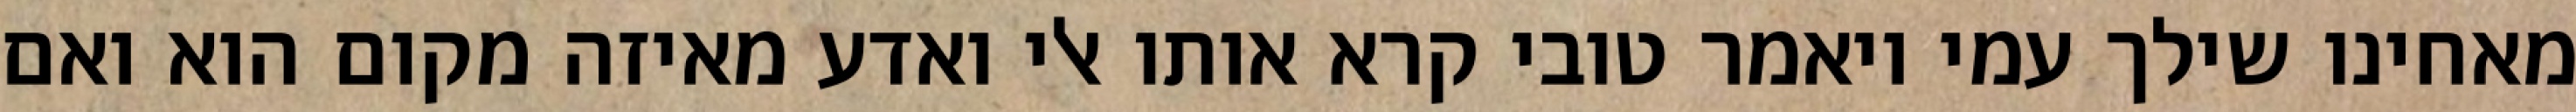
מאחינו שילך עמי ויאמר טובי קרא אותו אלי ואדע מאיזה מקום הוא ואם